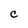
Character: C